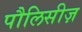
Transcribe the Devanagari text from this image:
पौलिसीज़